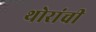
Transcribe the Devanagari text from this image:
थोरांची